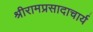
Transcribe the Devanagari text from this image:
श्रीरामप्रसादाचार्य